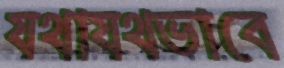
যথাযথভাবে